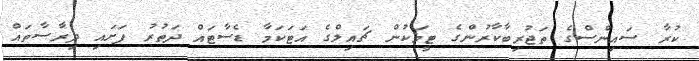
ކުރާ ސައިންސްގެ ތަޖުރިބާކާރުންގެ ޓީމަކުން ޗައިލްގެ އަޓަކަމާ ޑެސާޓައް ދަތުރު ފަށައި ދިރާސާތައް